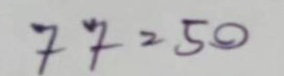
77 = 50